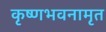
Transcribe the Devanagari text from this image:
कृष्णभवनामृत